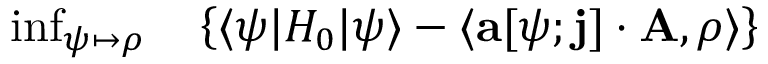
\begin{array} { r l } { \operatorname* { i n f } _ { \psi \mapsto \rho } } & { { } \left\{ \langle \psi | H _ { 0 } | \psi \rangle - \langle \mathbf { a } [ \psi ; \mathbf { j } ] \cdot \mathbf { A } , \rho \rangle \right\} } \end{array}